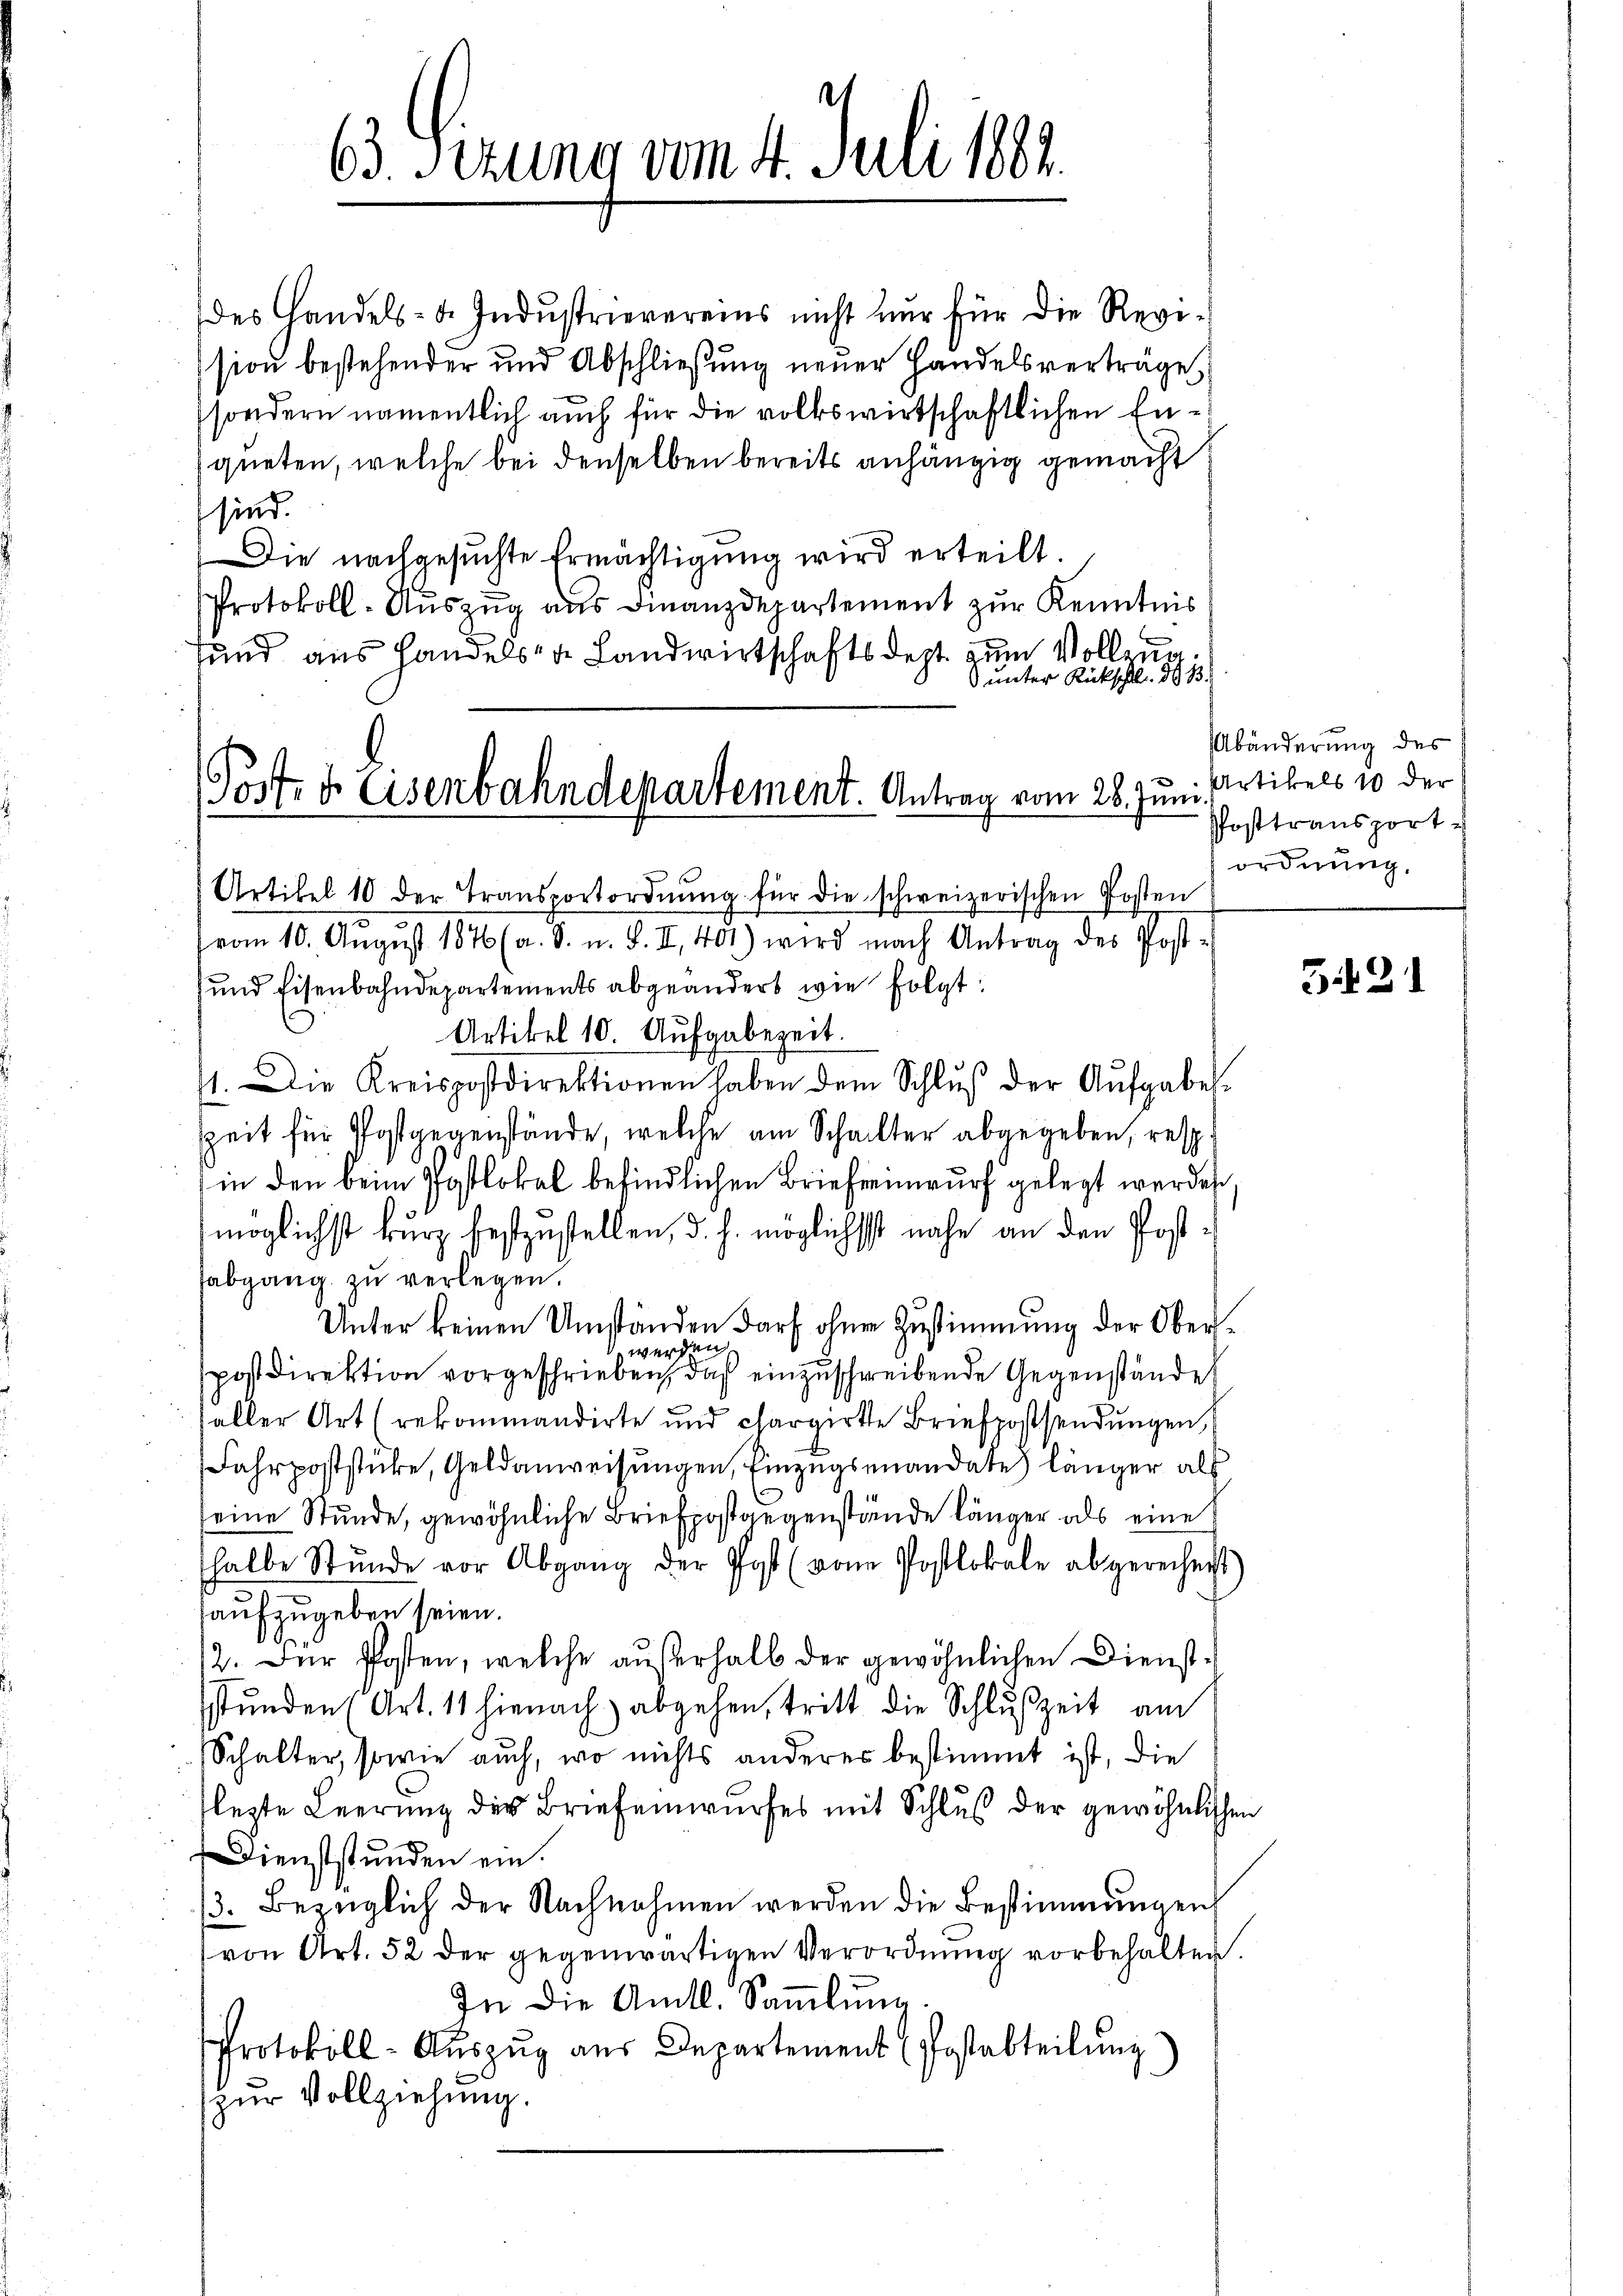
Post- & Eisenbahndepartement. Antrag vom 28. Juni.
Artikel 10 der Transportordnung für die schweizerischen Posten

63. Sizung vom 4. Juli 184.

des Handels- u. Industrievereins nicht nur für die Revision bestehender und Abschließung neuer Handelsverträge
sondern namentlich auch für die volkswirtschaftlichen Enqueten, welche bei denselben bereits anhängig gemacht:
sind.
Die nachgesuchte Ermächtigung wird erteilt.
Protokoll-Auszug aus Finanzdepartement zur Kenntnis
und aus handels de Landwirtschaftsdept. zum Vollen¬
 unter Rückschl. 803.
vom 10. August 1876 (a. S. u. S. II., 401) wird nach Antrag des Post-
und Eisenbahndepartements abgeändert wie folgt:
Artikel 10. Aufgabezeit.
11. Die Kreispostdirektionen haben dem Schlŭβ der Aufgabe.
szeit für Postgegenstände, welche am Schackter abgegeben, resp.
in den beim Postlokal befindlichen Brief einwurf gelegt werden.
möglichst kurz festzustellen, d. h. möglichst nahe an den Postsabgang zŭ verlegen.
Unter keinen Umständen darf ohnen Zustimmung der Oberwerden
spostdirektion vorgeschrieben, daß einzuschreibende Gegenständet
aller Art (rekommandirte und chargirte Briefpostsendungen,
Fahrpoststücke, Geldanweisungen, Einzugsmandate) länger als
seine Stunde, gewöhnliche Briefpostgegenstände länger als eine
halbe Stŭnde vor Abgang der Post (von Postlokale abgerechnet
aufzugeben seien.
12. Der Posten, welche außerhalb der gewöhnlichen Dienstsstunden (Art. 11 hienach abgehen, tritt die Schluszeit am
Schalter, sowie auch, wo nichts anderer bestimmt ist, die
lezte Leerung des Briefenwurfes mit Schluß der gewöhnlichen
Dienststunden ein.
3. Bezüglich der Nachnahmen werden die Bestimmungen
von Art. 52 der gegenwärtigen Verordnung vorbehalten.
In die Amtl. Sammlung.
Protokoll - Auszug aus Departement (Postabteilung
zŭr Vollziehung.

Abänderung des
Artikels 10 der
Posttransport-
ordnung.

331